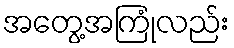
အတွေ့အကြုံလည်း